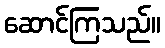
ဆောင်ကြသည်။